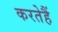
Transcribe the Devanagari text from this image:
करतेहैं